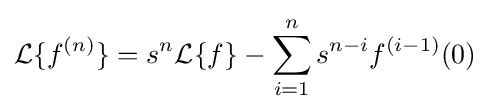
{\mathcal {L}}\{f^{(n)}\}=s^{n}{\mathcal {L}}\{f\}-\sum _{i=1}^{n}s^{n-i}f^{(i-1)}(0)